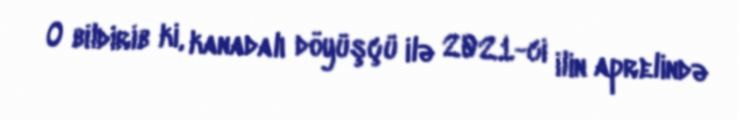
O bildirib ki, kanadalı döyüşçü ilə 2021-ci ilin aprelində